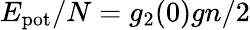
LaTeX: E_{\mathrm{pot}}/N=g_{2}(0)gn/2